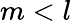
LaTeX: m<l